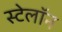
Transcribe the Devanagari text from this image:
स्टेलॉन